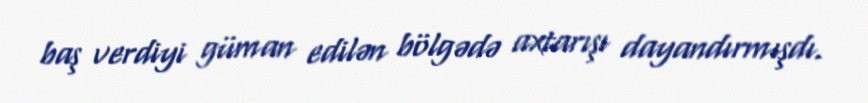
baş verdiyi güman edilən bölgədə axtarışı dayandırmışdı.